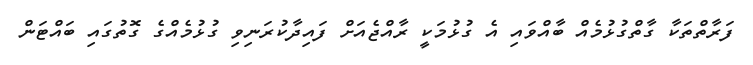
ފަރާތްތަކާ ގާތްގުޅުމެއް ބާއްވައި އެ ގުޅުމަކީ ރާއްޖެއަށް ފައިދާކުރަނިވި ގުޅުމެއްގެ ގޮތުގައި ބައްޓަން